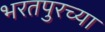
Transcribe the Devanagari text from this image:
भरतपुरच्या